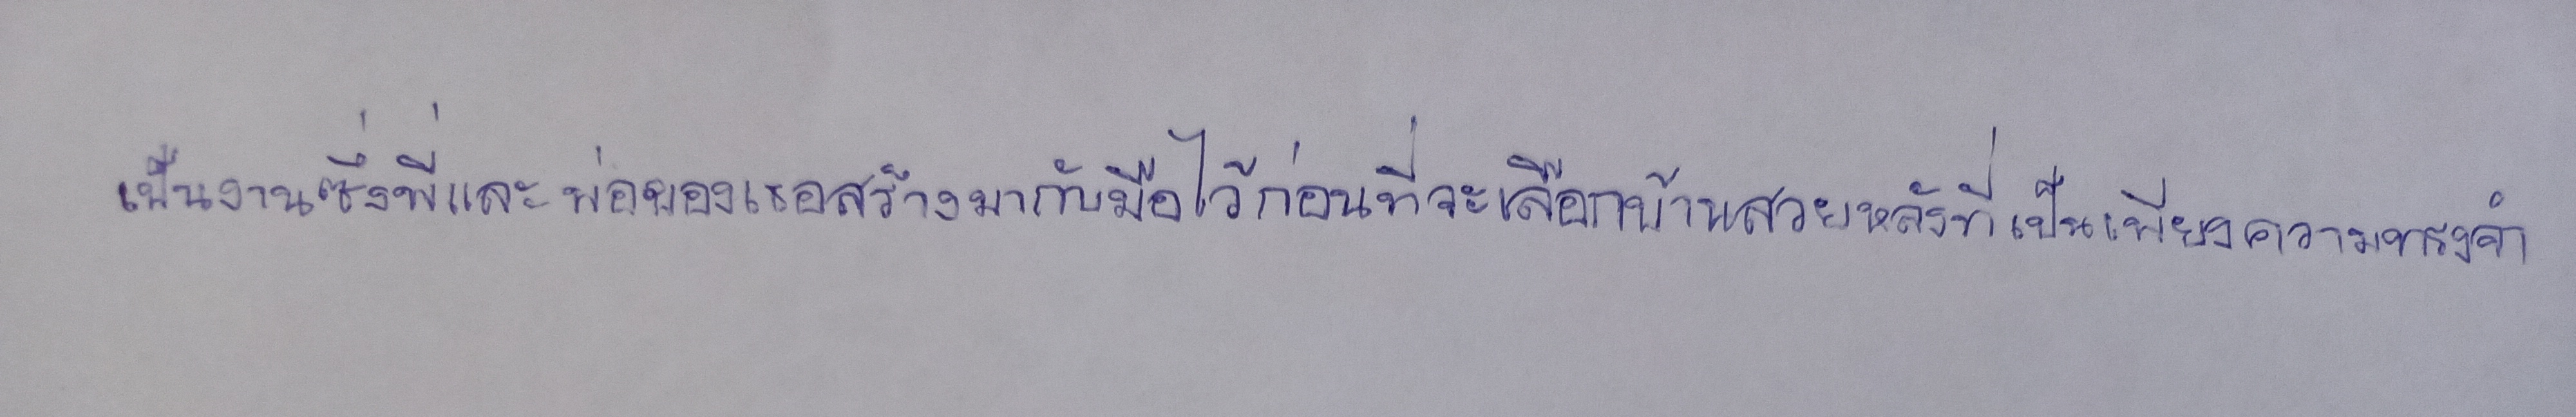
เป็นงานซึ่งพี่และพ่อของเธอสร้างมากับมือไว้ก่อนที่จะเลือกบ้านสวยหลังที่เป็นเพียงความทรงจำ